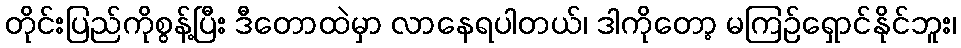
တိုင်းပြည်ကိုစွန့်ပြီး ဒီတောထဲမှာ လာနေရပါတယ်၊ ဒါကိုတော့ မကြဉ်ရှောင်နိုင်ဘူး၊